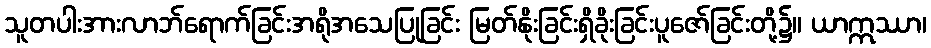
သူတပါးအားလာဘ်ရောက်ခြင်းအရိုအသေပြုခြင်း မြတ်နိုးခြင်းရှိခိုးခြင်းပူဇော်ခြင်းတို့၌။ ယာဣဿာ၊